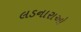
લડનારાઓ